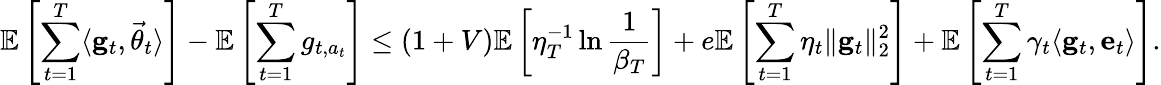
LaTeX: \mathbb E\left[\sum_{t=1}^{T}\langle\mathbf g_{t},\vec{\theta}_{t}\rangle\right]-\mathbb E\left[\sum_{t=1}^{T}g_{t,a_{t}}\right]\le(1+V)\mathbb E\left[\eta_{T}^{-1}\ln\frac 1{\beta_{T}}\right]+e\mathbb E\left[\sum_{t=1}^{T}\eta_{t}\lVert\mathbf g_{t}\rVert_{2}^{2}\right]+\mathbb E\left[\sum_{t=1}^{T}\gamma_{t}\langle\mathbf g_{t},\mathbf e_{t}\rangle\right].